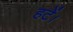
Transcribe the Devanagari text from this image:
हटें।